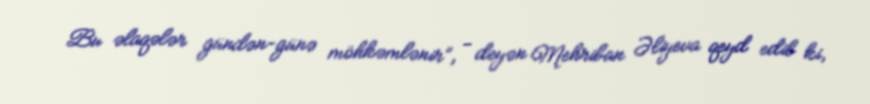
Bu əlaqələr gündən-günə möhkəmlənir”, - deyən Mehriban Əliyeva qeyd edib ki,